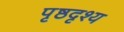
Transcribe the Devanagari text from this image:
पृष्ठदृश्य